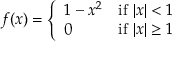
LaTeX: f ( x ) = { \left\{ \begin{array} { l l } { 1 - x ^ { 2 } } & { { \mathrm { i f ~ } } | x | < 1 } \\ { 0 } & { { \mathrm { i f ~ } } | x | \geq 1 } \end{array} \right. }